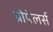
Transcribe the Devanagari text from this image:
प्रोपेलर्स